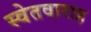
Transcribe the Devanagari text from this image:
स्वेतवाराह